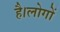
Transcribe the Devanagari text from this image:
है।लोगों